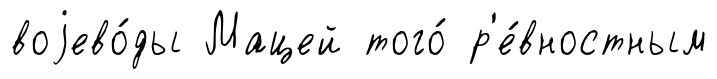
воjево́ды Мацей того́ р'е́вностным